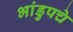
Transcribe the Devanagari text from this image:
भांडुपचे